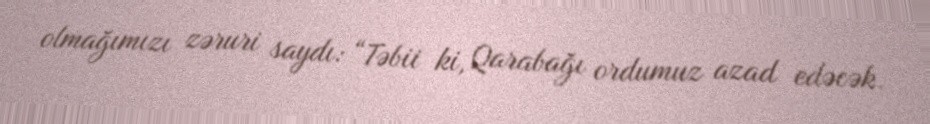
olmağımızı zəruri saydı: “Təbii ki, Qarabağı ordumuz azad edəcək.